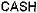
CASH